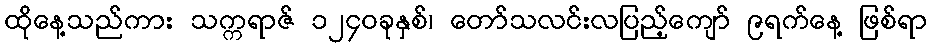
ထိုနေ့သည်ကား သက္ကရာဇ် ၁၂၄၀ခုနှစ်၊ တော်သလင်းလပြည့်ကျော် ၉ရက်နေ့ ဖြစ်ရာ